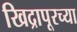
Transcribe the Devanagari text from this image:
खिद्रापूरच्या